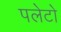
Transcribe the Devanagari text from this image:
पलेटो